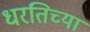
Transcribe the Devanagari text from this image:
धरतिच्या